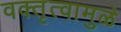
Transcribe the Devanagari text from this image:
वक्तृत्वामुळे